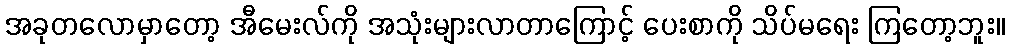
အခုတလောမှာတော့ အီမေးလ်ကို အသုံးများလာတာကြောင့် ပေးစာကို သိပ်မရေး ကြတော့ဘူး။